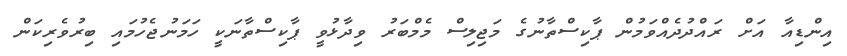
އިންޑިއާ އަށް ރައްދުދެއްވަމުން ޕާކިސްތާނުގެ މަޖިލިސް މެމްބަރު ވިދާޅުވީ ޕާކިސްތާނަކީ ހަމަނުޖެހުމައި ބިރުވެރިކަން